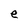
Character: e